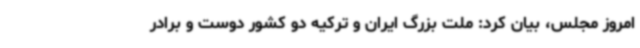
امروز مجلس، بیان کرد: ملت بزرگ ایران و ترکیه دو کشور دوست و برادر